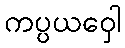
ကပ္ပယဝှေါ